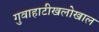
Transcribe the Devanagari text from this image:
गुवाहाटीखलोखाल